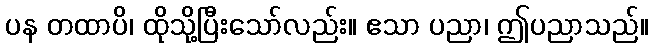
ပန တထာပိ၊ ထိုသို့ပြီးသော်လည်း။ ဧသာ ပညာ၊ ဤပညာသည်။